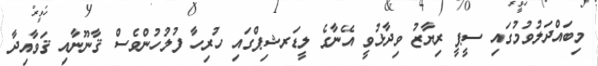
މިބައްދަލުވުމުގައި ސީޕީ ރިޔާޒު ވިދާޅުވީ އޭނާގެ ލީޑަރޝިޕްގައި ހުރިހާ ފުލުހުންވެސް ޤާނޫނާއި ޤަވާއިދާ